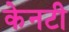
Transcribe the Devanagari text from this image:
केनटी